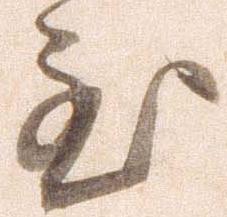
至